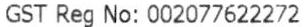
GST REG NO: 002077622272